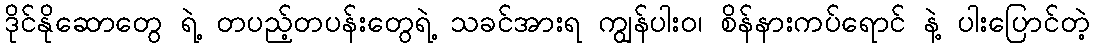
ဒိုင်နိုဆောတွေ ရဲ့ တပည့်တပန်းတွေရဲ့ သခင်အားရ ကျွန်ပါးဝ၊ စိန်နားကပ်ရောင် နဲ့ ပါးပြောင်တဲ့